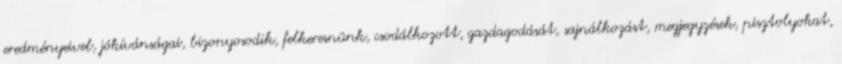
eredményeivel, jókívánságai, bizonyosodik, felkeresnünk, csodálkozott, gazdagodását, sajnálkozást, megjegyzések, pisztolyokat,